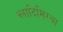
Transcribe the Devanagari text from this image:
व्लादिमिरचा